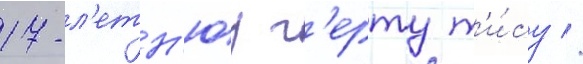
17-л'етн'юу г'ерту т'и́су //